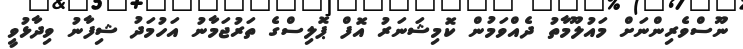
ނޫސްވެރިންނަށް މައުލޫމާތު ދެއްވަމުން ކޮމިޝަނަރު އޮފް ޕޮލިސްގެ ތަރުޖަމާނު އަހުމަދު ޝިފާނު ވިދާޅުވީ